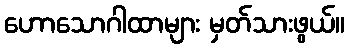
ဟောသောဂါထာများ မှတ်သားဖွယ်။